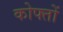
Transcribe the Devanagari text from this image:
कोफ्तों